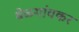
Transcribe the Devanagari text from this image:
बेळगांवकर